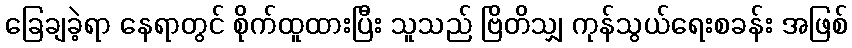
ခြေချခဲ့ရာ နေရာတွင် စိုက်ထူထားပြီး သူသည် ဗြိတိသျှ ကုန်သွယ်ရေးစခန်း အဖြစ်